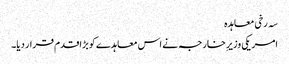
سہ رخی معاہدہ
امریکی وزیرِ خارجہ نے اس معاہدے کو بڑا قدم قرار دیا۔